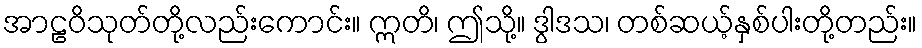
အာဠဝိသုတ်တို့လည်းကောင်း။ ဣတိ၊ ဤသို့။ ဒွါဒသ၊ တစ်ဆယ့်နှစ်ပါးတို့တည်း။